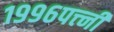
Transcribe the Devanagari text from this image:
१९९६पत्त्नी